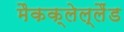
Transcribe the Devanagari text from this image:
मैकक्लेल्लैंड